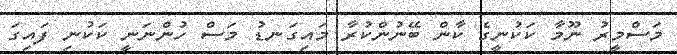
މަސްމީރު ނޫމާ ކަކުނީގެ ކާން ބޭނުންކުރާ މައިގަނޑު މަސް ހުންނަނީ ކަކުނި ފައިގަ